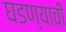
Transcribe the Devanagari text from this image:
घडण्याची